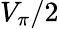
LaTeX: V_{\pi}/2